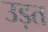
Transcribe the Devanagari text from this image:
उड़त